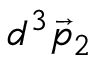
d ^ { 3 } { \vec { p } } _ { 2 }